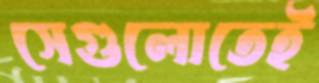
সেগুলোতেই